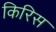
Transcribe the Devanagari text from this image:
किरिस